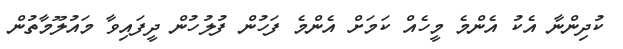
ކުދިންނާ އެކު އެންމެ މީހެއް ކަމަށް އެންމެ ފަހުން ފުލުހުން ދީފައިވާ މައުލޫމާތުން